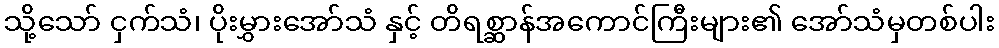
သို့သော် ငှက်သံ၊ ပိုးမွှားအော်သံ နှင့် တိရစ္ဆာန်အကောင်ကြီးများ၏ အော်သံမှတစ်ပါး